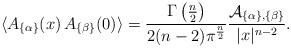
\begin{align*}\langle A_{\{\alpha\}}(x)\, A_{\{\beta\}}(0) \rangle={\Gamma\left({n\over 2}\right)\over 2(n-2)\pi^{n\over 2}}{{\cal A}_{\{\alpha\},\{\beta\}}\over |x|^{n-2}}.\end{align*}